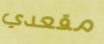
مقعدي